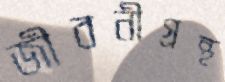
জীবনীগ্রন্থ